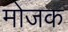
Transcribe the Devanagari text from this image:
मोजक